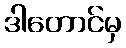
ဒါတောင်မှ